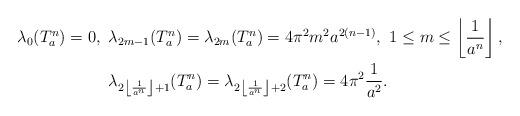
LaTeX: \begin{align*}\lambda_0(T_a^n)=0,\,\,\,& \lambda_{2m-1}(T_a^n)=\lambda_{2m}(T_a^n)=4\pi^2m^2a^{2(n-1)}, \,\,1\leq m\leq \left\lfloor\frac{1}{a^n}\right\rfloor, \\ &\lambda_{2\left\lfloor\frac{1}{a^n}\right\rfloor+1}(T_a^n)=\lambda_{2\left\lfloor\frac{1}{a^n}\right\rfloor+2}(T_a^n)=4\pi^2\frac{1}{a^2}.\end{align*}